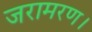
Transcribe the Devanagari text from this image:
जरामरण।